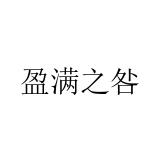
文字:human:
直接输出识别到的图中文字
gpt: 盈满之咎